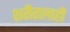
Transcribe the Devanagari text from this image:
शरीरालाही